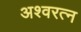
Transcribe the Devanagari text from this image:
अश्वरत्न